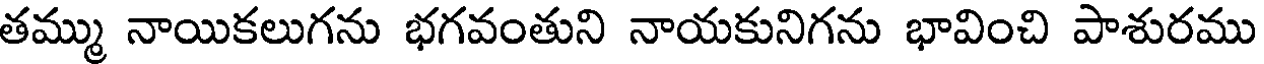
తమ్ము నాయికలుగను భగవంతుని నాయకునిగను భావించి పాశురము